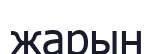
жарын